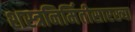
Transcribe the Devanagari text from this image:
शस्त्रनिर्मितीसारख्या